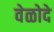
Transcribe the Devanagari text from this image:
वेळोदे